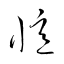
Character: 憶